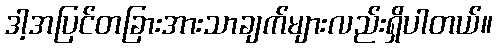
ဒါ့အပြင်တခြားအားသာချက်များလည်းရှိပါတယ်။